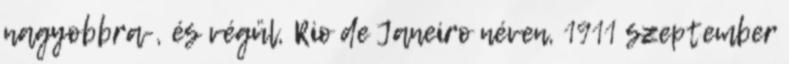
nagyobbra-, és végül, Rio de Janeiro néven, 1911 szeptember